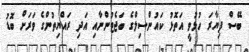
ބޭސް ފިޔާރަ ހުޅުވީ އަތޮޅު ކައުންސިލްގެ ބަޖެޓުންނާއި އަދި ރައްޔިތުންގެ ވަރަށް ބޮޑު